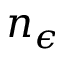
n _ { \epsilon }